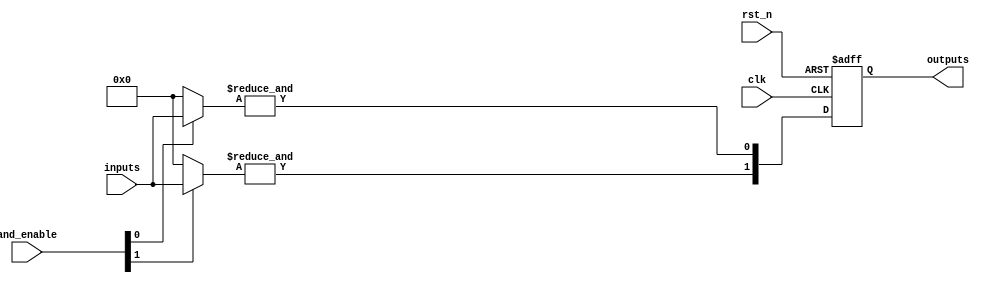
module RPAL #(
    parameter NUM_INPUTS = 4,    // Number of inputs
    parameter NUM_AND_GATES = 4,  // Number of AND gates
    parameter NUM_OUTPUTS = 2     // Number of outputs
)(
    input wire clk,                // Clock input
    input wire rst_n,              // Active low reset
    input wire [NUM_INPUTS-1:0] inputs, // Input signals
    input wire [NUM_AND_GATES-1:0] and_enable, // AND gate enable signals
    output reg [NUM_OUTPUTS-1:0] outputs // Registered outputs
);

// Internal wires for AND gate outputs
wire [NUM_AND_GATES-1:0] and_outputs;

// Programmable AND array
genvar i, j;
generate
    for (i = 0; i < NUM_AND_GATES; i = i + 1) begin : and_gate
        wire [NUM_INPUTS-1:0] and_inputs;
        assign and_inputs = (and_enable[i]) ? inputs : {NUM_INPUTS{1'b0}}; // Enable based on control signals
        
        // AND operation
        assign and_outputs[i] = &and_inputs; // Logical AND of the inputs
    end
endgenerate

// Registered outputs
always @(posedge clk or negedge rst_n) begin
    if (!rst_n) begin
        outputs <= {NUM_OUTPUTS{1'b0}}; // Reset outputs
    end else begin
        // Register outputs from AND gates
        outputs[0] <= and_outputs[0]; // Connect first AND gate output to first output
        outputs[1] <= and_outputs[1]; // Connect second AND gate output to second output
        // Additional outputs can be connected as needed
    end
end

endmodule